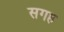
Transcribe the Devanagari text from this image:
सगह